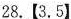
28.【3.5】